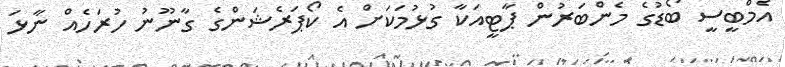
އެމްބީސީ ބޯޑުގެ މެންބަރުން ޕާޓީއަކާ ގުޅުމަކަށް އެ ކޯޕަރެޝަންގެ ގާނޫނު ހުރަހެއް ނާޅަ